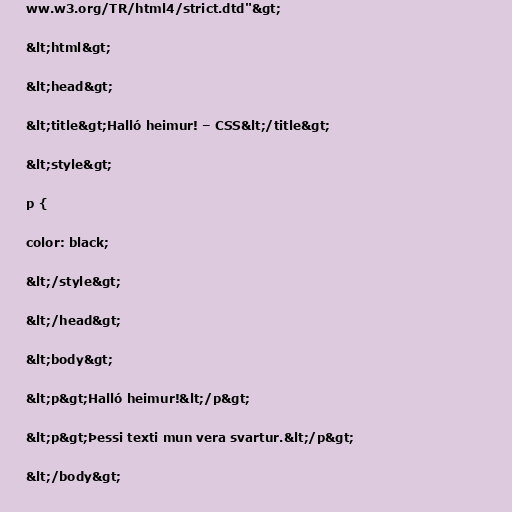
ww.w3.org/TR/html4/strict.dtd"&gt;

&lt;html&gt;

&lt;head&gt;

&lt;title&gt;Halló heimur! – CSS&lt;/title&gt;

&lt;style&gt;

p {

color: black;

&lt;/style&gt;

&lt;/head&gt;

&lt;body&gt;

&lt;p&gt;Halló heimur!&lt;/p&gt;

&lt;p&gt;Þessi texti mun vera svartur.&lt;/p&gt;

&lt;/body&gt;